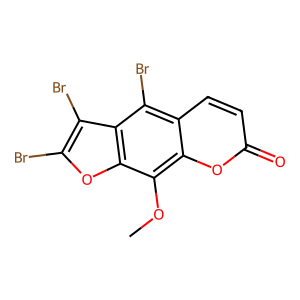
SMILES: COc1c2oc(=O)ccc2c(Br)c2c(Br)c(Br)oc12
Inhibits HIV replication: No